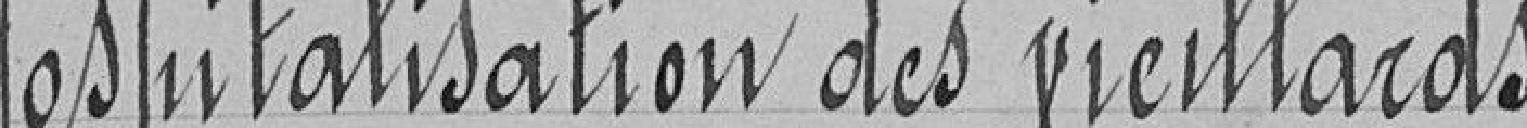
Hospitalisation des vieillards